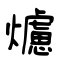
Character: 爈